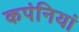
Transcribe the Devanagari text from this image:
कपंनियां